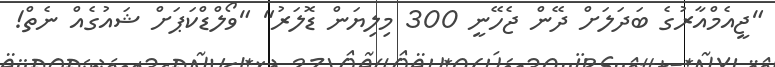
"ޖީއެމްއާރުގެ ބަދަލަށް ދޭން ޖެހޭނީ 300 މިލިޔަން ޑޮލަރު" "ވޯލްޑްކަޕަށް ޝައުގެއް ނެތް!